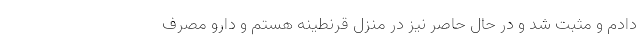
دادم و مثبت شد و در حال حاصر نیز در منزل قرنطینه هستم و دارو مصرف